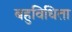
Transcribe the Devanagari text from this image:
बहुविधिता